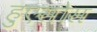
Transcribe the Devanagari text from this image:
हुएसोस